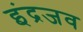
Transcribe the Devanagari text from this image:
इंद्रजव